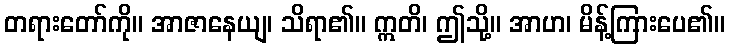
တရားတော်ကို။ အာဇာနေယျ၊ သိရာ၏။ ဣတိ၊ ဤသို့။ အာဟ၊ မိန့်ကြားပေ၏။